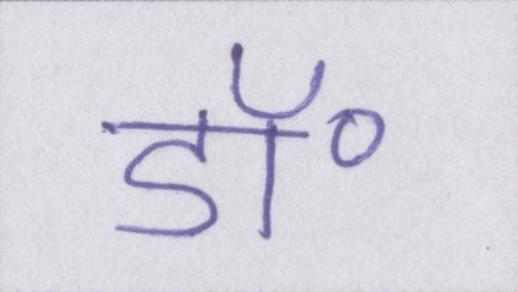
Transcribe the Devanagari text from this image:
डॉ॰